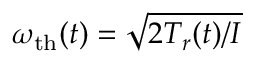
\omega _ { \mathrm { t h } } ( t ) = \sqrt { { 2 T _ { r } ( t ) } { / I } }